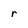
Character: r